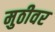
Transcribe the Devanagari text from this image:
मुठीवर